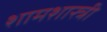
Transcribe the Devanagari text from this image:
शामशास्त्री